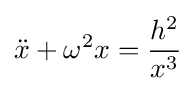
{\ddot {x}}+\omega ^{2}x={\frac {h^{2}}{x^{3}}}